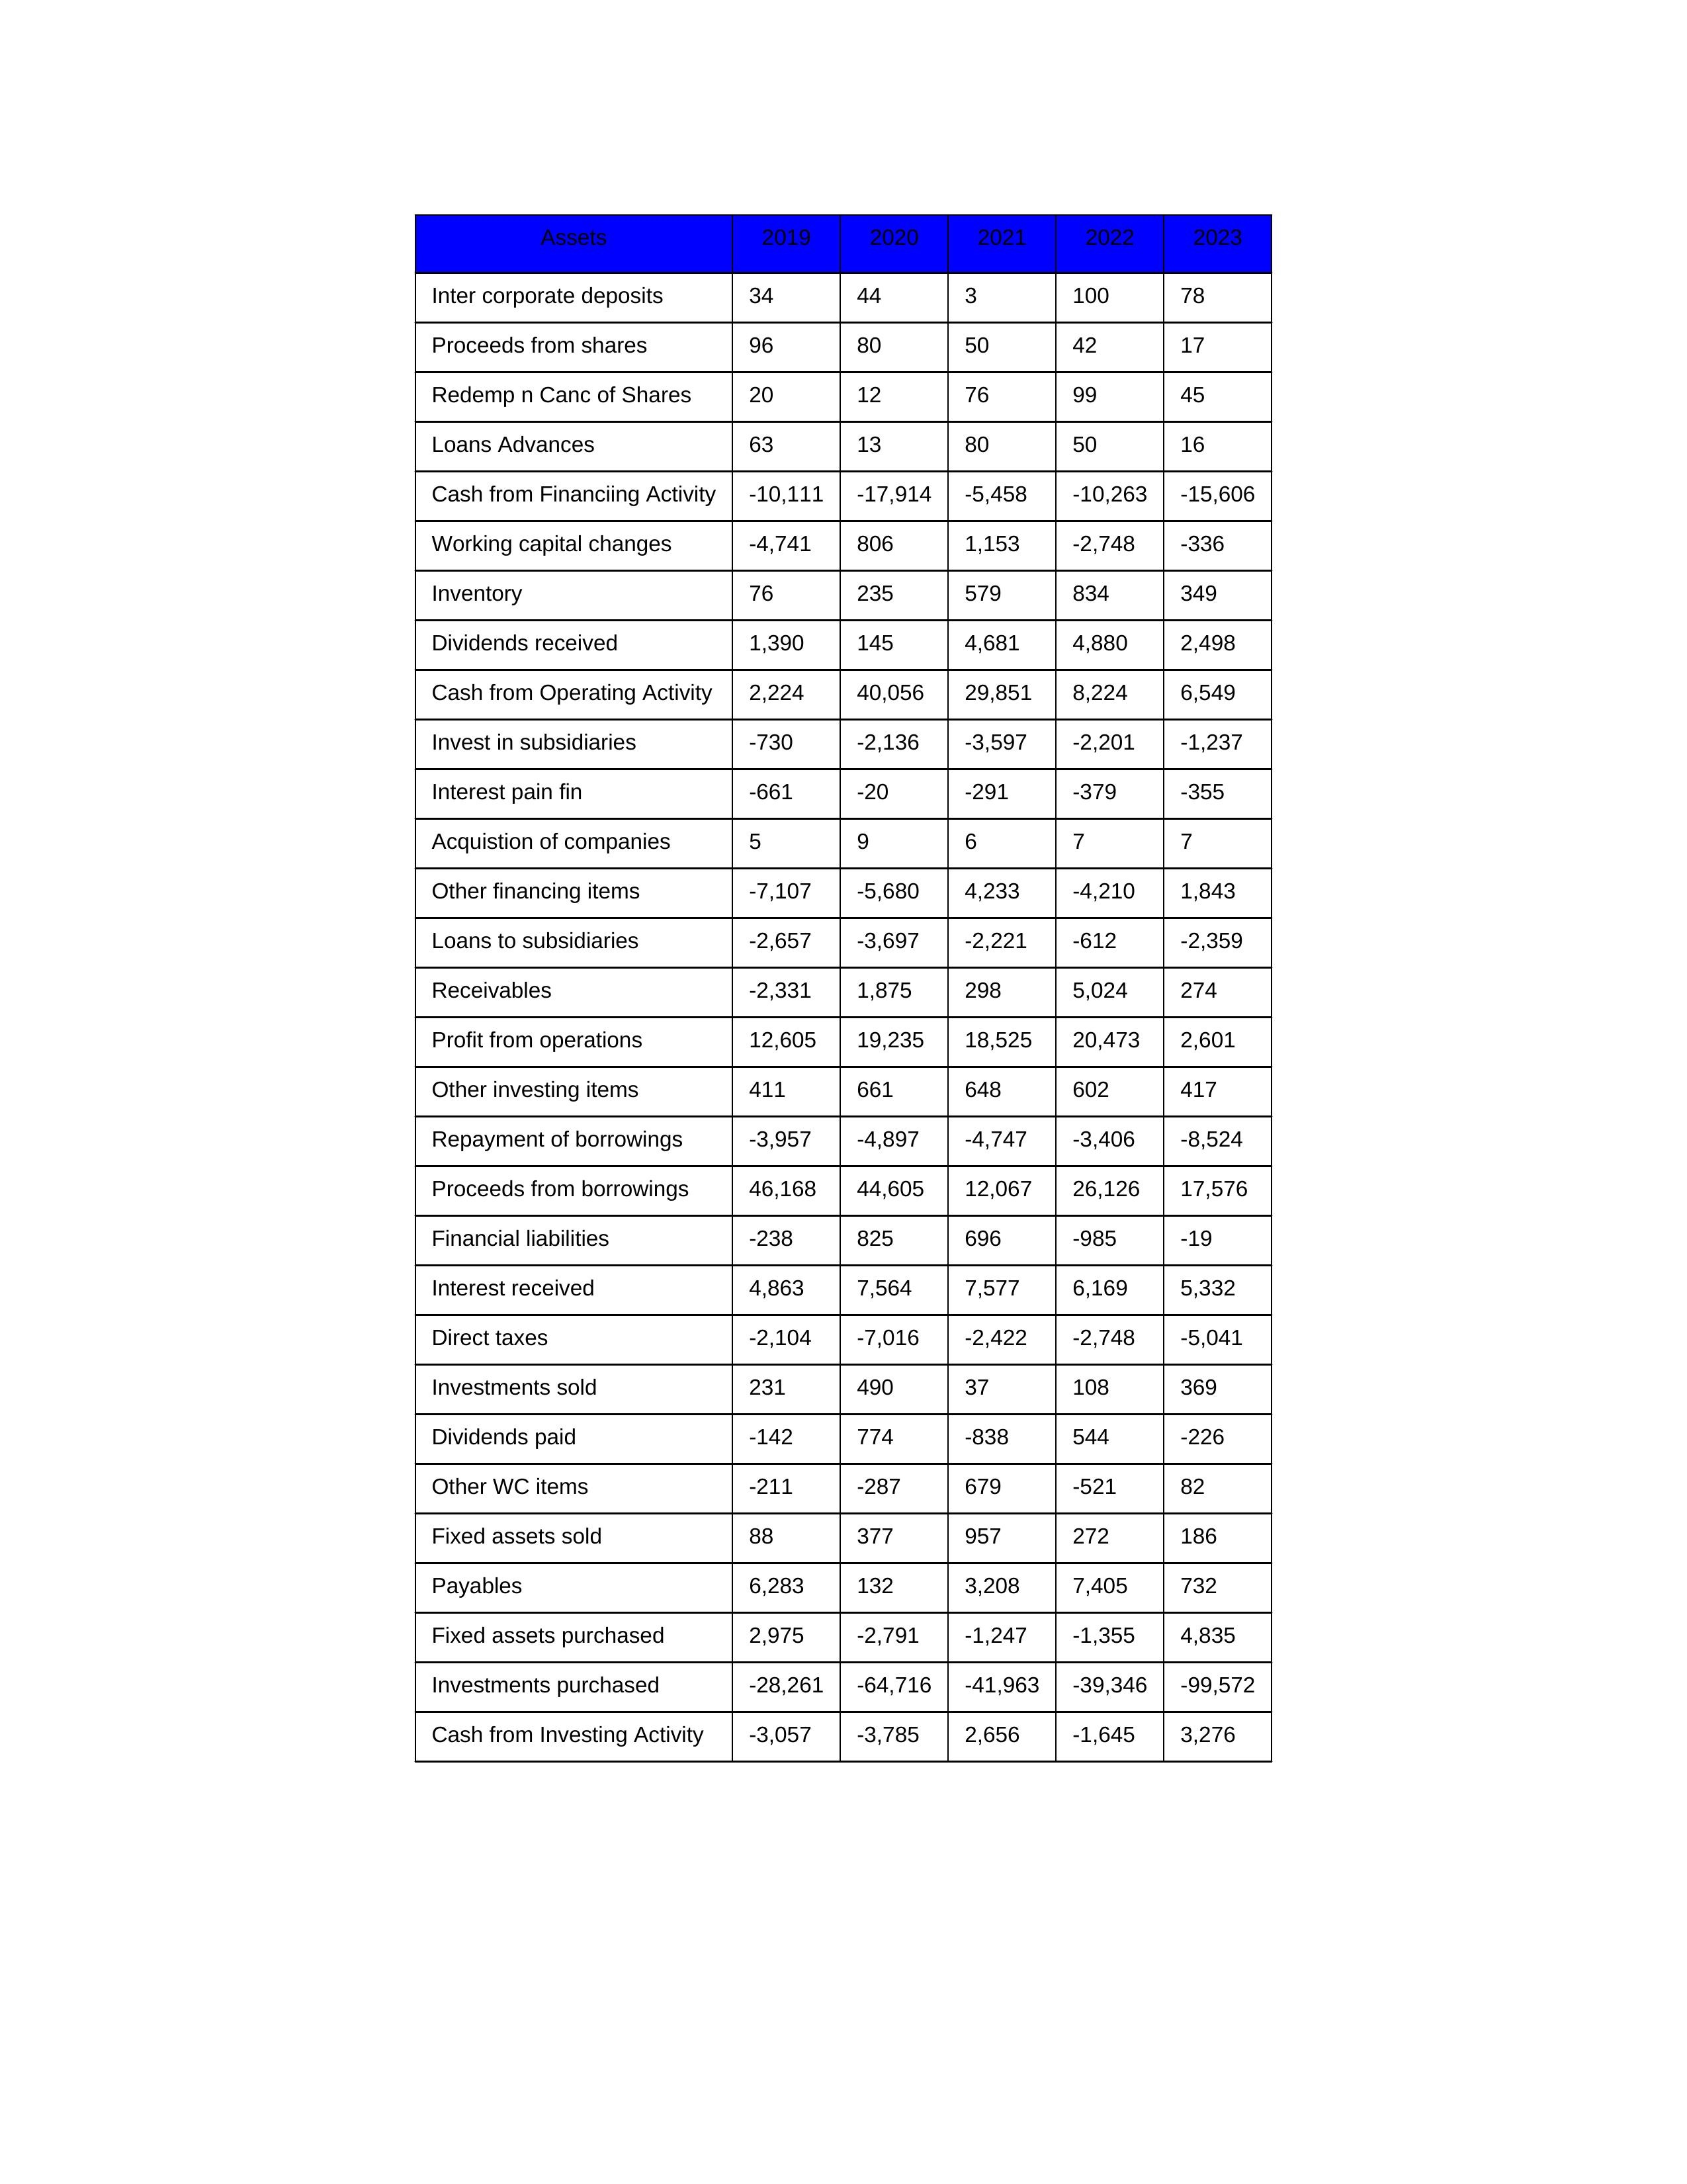
gt_parse: 2019: Cash from Operating Activity: 2,224
Profit from operations: 12,605
Receivables: -2,331
Inventory: 76
Payables: 6,283
Loans Advances: 63
Other WC items: -211
Working capital changes: -4,741
Direct taxes: -2,104
Cash from Investing Activity: -3,057
Fixed assets purchased: 2,975
Fixed assets sold: 88
Investments purchased: -28,261
Investments sold: 231
Interest received: 4,863
Dividends received: 1,390
Invest in subsidiaries: -730
Loans to subsidiaries: -2,657
Redemp n Canc of Shares: 20
Acquistion of companies: 5
Inter corporate deposits: 34
Other investing items: 411
Cash from Financiing Activity: -10,111
Proceeds from shares: 96
Proceeds from borrowings: 46,168
Repayment of borrowings: -3,957
Interest pain fin: -661
Dividends paid: -142
Financial liabilities: -238
Other financing items: -7,107
2020: Cash from Operating Activity: 40,056
Profit from operations: 19,235
Receivables: 1,875
Inventory: 235
Payables: 132
Loans Advances: 13
Other WC items: -287
Working capital changes: 806
Direct taxes: -7,016
Cash from Investing Activity: -3,785
Fixed assets purchased: -2,791
Fixed assets sold: 377
Investments purchased: -64,716
Investments sold: 490
Interest received: 7,564
Dividends received: 145
Invest in subsidiaries: -2,136
Loans to subsidiaries: -3,697
Redemp n Canc of Shares: 12
Acquistion of companies: 9
Inter corporate deposits: 44
Other investing items: 661
Cash from Financiing Activity: -17,914
Proceeds from shares: 80
Proceeds from borrowings: 44,605
Repayment of borrowings: -4,897
Interest pain fin: -20
Dividends paid: 774
Financial liabilities: 825
Other financing items: -5,680
2021: Cash from Operating Activity: 29,851
Profit from operations: 18,525
Receivables: 298
Inventory: 579
Payables: 3,208
Loans Advances: 80
Other WC items: 679
Working capital changes: 1,153
Direct taxes: -2,422
Cash from Investing Activity: 2,656
Fixed assets purchased: -1,247
Fixed assets sold: 957
Investments purchased: -41,963
Investments sold: 37
Interest received: 7,577
Dividends received: 4,681
Invest in subsidiaries: -3,597
Loans to subsidiaries: -2,221
Redemp n Canc of Shares: 76
Acquistion of companies: 6
Inter corporate deposits: 3
Other investing items: 648
Cash from Financiing Activity: -5,458
Proceeds from shares: 50
Proceeds from borrowings: 12,067
Repayment of borrowings: -4,747
Interest pain fin: -291
Dividends paid: -838
Financial liabilities: 696
Other financing items: 4,233
2022: Cash from Operating Activity: 8,224
Profit from operations: 20,473
Receivables: 5,024
Inventory: 834
Payables: 7,405
Loans Advances: 50
Other WC items: -521
Working capital changes: -2,748
Direct taxes: -2,748
Cash from Investing Activity: -1,645
Fixed assets purchased: -1,355
Fixed assets sold: 272
Investments purchased: -39,346
Investments sold: 108
Interest received: 6,169
Dividends received: 4,880
Invest in subsidiaries: -2,201
Loans to subsidiaries: -612
Redemp n Canc of Shares: 99
Acquistion of companies: 7
Inter corporate deposits: 100
Other investing items: 602
Cash from Financiing Activity: -10,263
Proceeds from shares: 42
Proceeds from borrowings: 26,126
Repayment of borrowings: -3,406
Interest pain fin: -379
Dividends paid: 544
Financial liabilities: -985
Other financing items: -4,210
2023: Cash from Operating Activity: 6,549
Profit from operations: 2,601
Receivables: 274
Inventory: 349
Payables: 732
Loans Advances: 16
Other WC items: 82
Working capital changes: -336
Direct taxes: -5,041
Cash from Investing Activity: 3,276
Fixed assets purchased: 4,835
Fixed assets sold: 186
Investments purchased: -99,572
Investments sold: 369
Interest received: 5,332
Dividends received: 2,498
Invest in subsidiaries: -1,237
Loans to subsidiaries: -2,359
Redemp n Canc of Shares: 45
Acquistion of companies: 7
Inter corporate deposits: 78
Other investing items: 417
Cash from Financiing Activity: -15,606
Proceeds from shares: 17
Proceeds from borrowings: 17,576
Repayment of borrowings: -8,524
Interest pain fin: -355
Dividends paid: -226
Financial liabilities: -19
Other financing items: 1,843